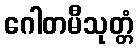
ဂေါတမီသုတ္တံ